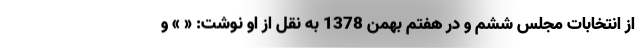
از انتخابات مجلس ششم و در هفتم بهمن 1378 به نقل از او نوشت: « » و